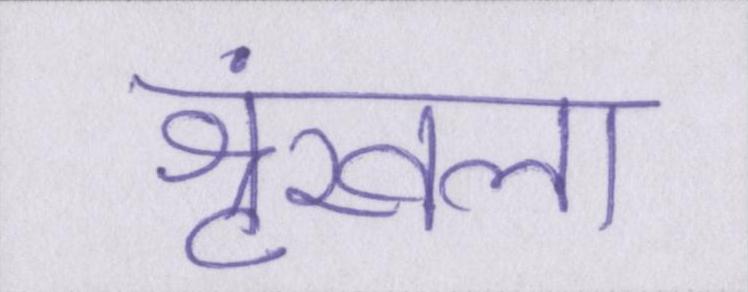
श्रृंखला